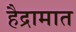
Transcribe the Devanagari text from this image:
हैद्रामात